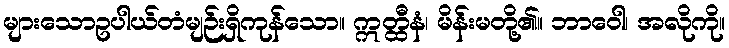
များသောဥပါယ်တံမျဉ်းရှိကုန်သော။ ဣတ္ထီနံ၊ မိန်းမတို့၏။ ဘာဝေါ၊ အလိုကို။